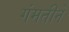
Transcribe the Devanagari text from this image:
गंमतीने